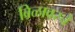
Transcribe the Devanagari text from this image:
बिळावरचे